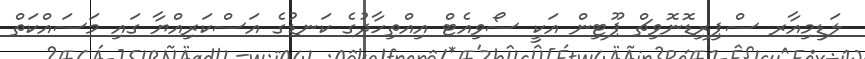
ލަޑިމިއާރ ސްޕިރިޑޮނޮވިޗް ޕޫޓިން އަކީ ސޯވިއެޓް އިއްތިހާދުގެ ކަނޑުގެ އަސްކަރިއްޔާ ގައި މަސައްކަތް